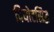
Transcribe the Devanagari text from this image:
दियोटसिद्ध